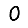
Digit: 0